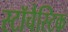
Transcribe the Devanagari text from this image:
स्टॉचैस्टिक